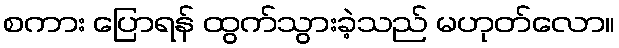
စကား ပြောရန် ထွက်သွားခဲ့သည် မဟုတ်လော။